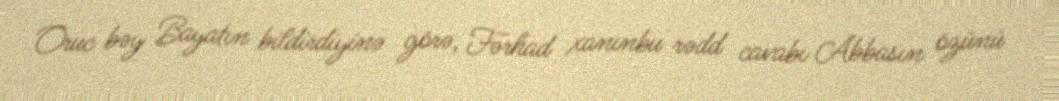
Oruc bəy Bayatın bildirdiyinə görə, Fərhad xanınbu rədd cavabı Abbasın özünü